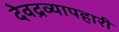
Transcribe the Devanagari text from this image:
देवद्रव्यापहारी